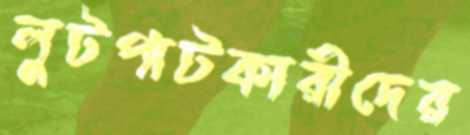
লুটপাটকারীদের